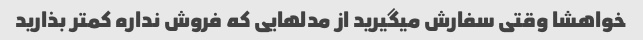
خواهشا وقتی سفارش میگیرید از مدلهایی که فروش نداره کمتر بذارید